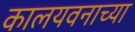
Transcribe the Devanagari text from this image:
कालयवनाच्या